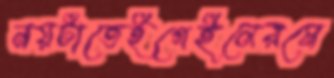
নয়টাতেইগেইলেরমে